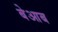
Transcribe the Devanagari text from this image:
बेआब